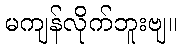
မကျန်လိုက်ဘူးဗျ။